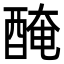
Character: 醃